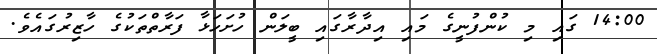
14:00 ގައި މި ކުންފުނީގެ މައި އިދާރާގައި ބީލަން ހުށަހަޅާ ފަރާތްތަކުގެ ހާޒިރުގައެވެ.